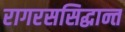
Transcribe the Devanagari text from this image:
रागरससिद्धान्त